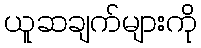
ယူဆချက်များကို